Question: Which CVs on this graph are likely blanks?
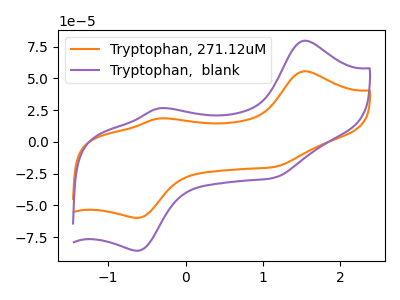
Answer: <think>The orange curve "Tryptophan, 271.12uM" has anodic peaks at (1.55V, 55.55uA) (-0.35V, 18.40uA) and cathodic peaks at (-0.60V, -59.75uA) (1.15V, -19.70uA). The purple curve "Tryptophan,  blank" has anodic peaks at (1.55V, 79.60uA) (-0.35V, 26.35uA) and cathodic peaks at (-0.60V, -85.60uA) (1.15V, -28.20uA).</think>
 <answer>There are not any CV's on this graph that are likely to be blanks.</answer>
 <eval>none</eval>